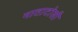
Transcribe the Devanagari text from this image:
माताटोली